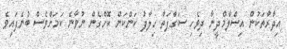
އިދާރާތަކުން އިސްލާމްދީނާ ދިވެހި ސަގާފަތާ ހިލާފު ކަންކަން ކޮށްގެން ނުވާނެ ކަމަށްވެސް ބުނެފައިވެ